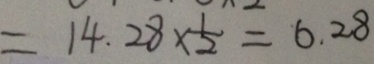
= 1 4 . 2 8 \times \frac { 1 } { 2 } = 6 . 2 8